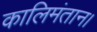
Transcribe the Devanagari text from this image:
कालिमंतान।